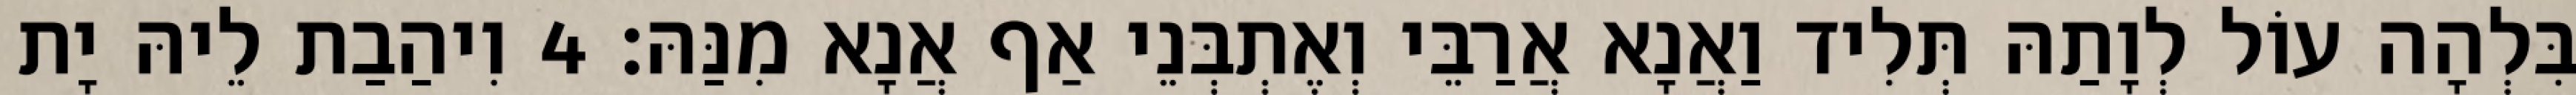
בִּלְהָה עוֹל לְוָתַהּ תְּלִיד וַאֲנָא אֲרַבֵּי וְאֶתְבְּנֵי אַף אֲנָא מִנַּהּ׃ 4 וִיהַבַת לֵיהּ יָת